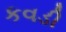
કવડી